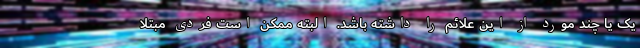
یک یا چند مورد از این علائم را داشته باشد. البته ممکن است فردی مبتلا